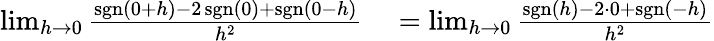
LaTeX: \begin{array}{rl}{\operatorname*{lim}_{h\to 0}{\frac{\operatorname{sgn}(0+h)-2\operatorname{sgn}(0)+\operatorname{sgn}(0-h)}{h^{2}}}}&{{}=\operatorname*{lim}_{h\to 0}{\frac{\operatorname{sgn}(h)-2\cdot 0+\operatorname{sgn}(-h)}{h^{2}}}}\end{array}